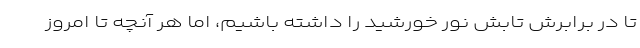
تا در برابرش تابش نور خورشید را داشته باشیم، اما هر آنچه تا امروز